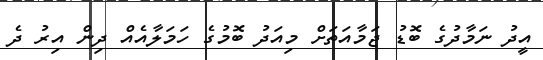
އީދު ނަމާދުގެ ބޮޑު ޖަމާއަތަށް މިއަދު ބޮމުގެ ހަމަލާއެއް ދިން އިރު ދެ